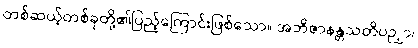
တစ်ဆယ့်တစ်ခုတို့၏ပြည့်ကြောင်းဖြစ်သော။ အဘိဇာနန္တသတိပဉှာ၊